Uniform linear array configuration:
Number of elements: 4
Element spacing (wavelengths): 0.75
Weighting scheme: uniform
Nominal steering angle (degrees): -15
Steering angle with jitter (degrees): -16.479
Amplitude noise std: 0.05
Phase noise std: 0.05

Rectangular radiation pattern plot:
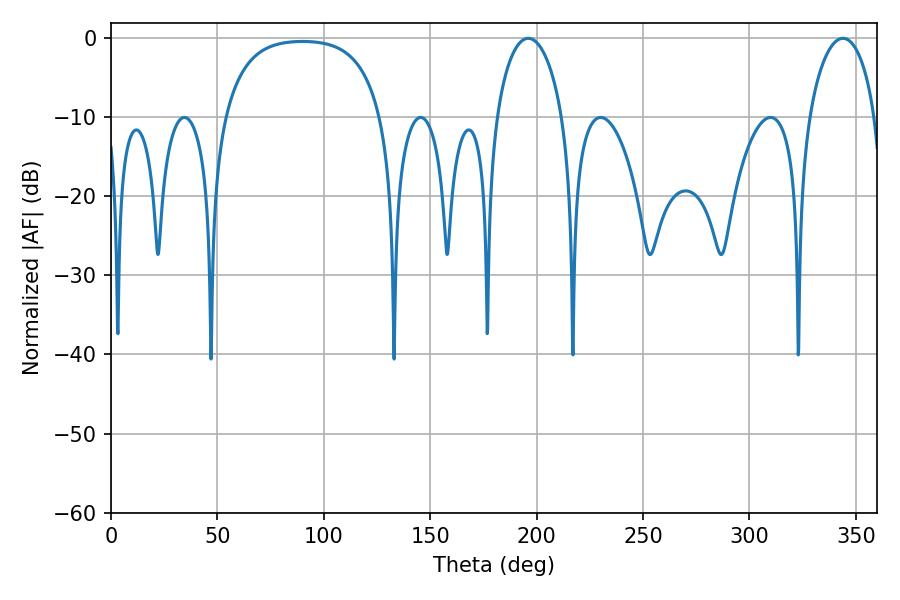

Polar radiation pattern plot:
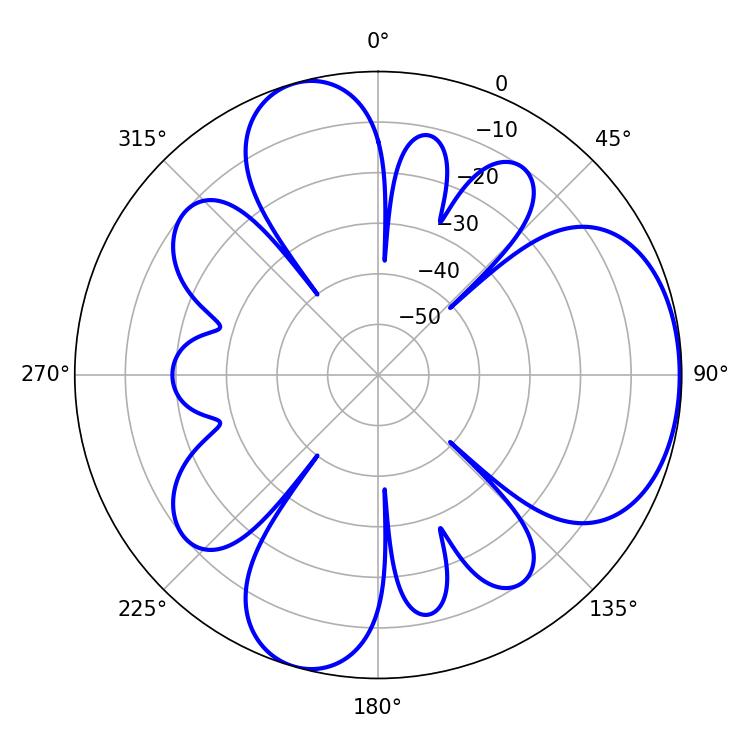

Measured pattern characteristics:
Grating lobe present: TRUE
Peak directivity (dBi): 5.44
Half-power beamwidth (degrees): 17.82
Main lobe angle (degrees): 343.98